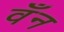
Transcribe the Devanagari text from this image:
वँन